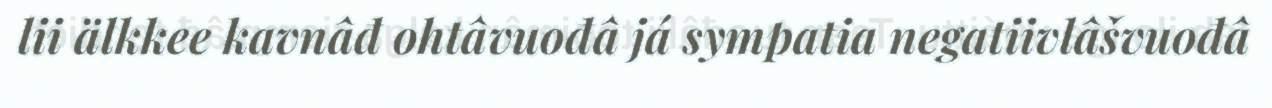
lii älkkee kavnâđ ohtâvuođâ já sympatia negatiivlâšvuođâ